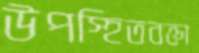
উপস্হিতবক্তা